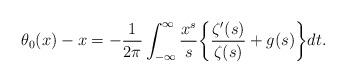
LaTeX: \begin{align*} \theta_0(x) - x = - \frac{1}{2\pi} \int_{-\infty}^{\infty} \frac{x^{s}}{s} \bigg\{ \frac{\zeta'(s)}{\zeta(s)} + g(s) \bigg\} dt.\end{align*}